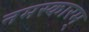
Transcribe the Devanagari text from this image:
नमस्कारम्